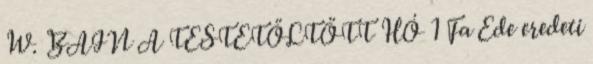
W. BAIN A TESTETÖLTÖTT HÓ 1 Fa Ede eredeti